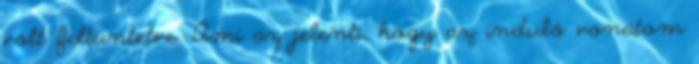
volt feltüntetve. Ami az jelenti, hogy az induló vonatom